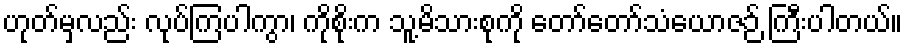
ဟုတ်မှလည်း လုပ်ကြပါကွာ၊ ကိုစိုးက သူ့မိသားစုကို တော်တော်သံယောဇဉ် ကြီးပါတယ်။